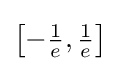
{\bigl [}{-{\tfrac {1}{e}}},{\tfrac {1}{e}}{\bigr ]}